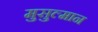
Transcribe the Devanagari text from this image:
मुसुल्मान